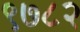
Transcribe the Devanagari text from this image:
९७८२